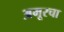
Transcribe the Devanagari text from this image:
अमूरचा